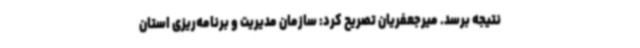
نتیجه برسد. میرجعفریان تصریح کرد: سازمان مدیریت و برنامه‌ریزی استان